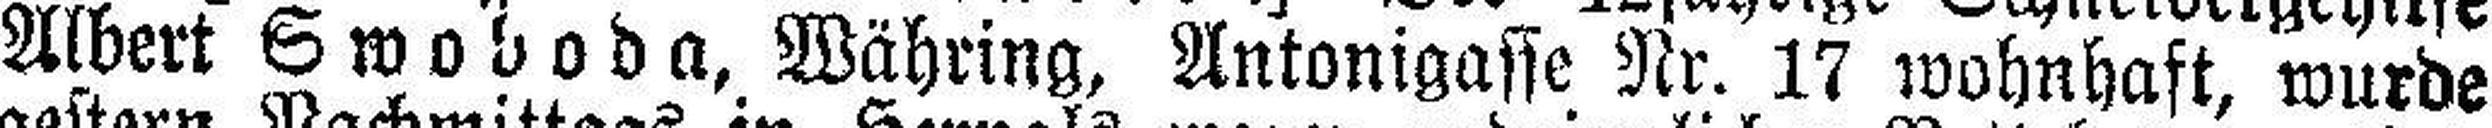
Albert Swoboda, Währing, Antonigasse Nr. 17 wohnhaft, wurde